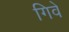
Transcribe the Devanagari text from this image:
गिवे